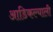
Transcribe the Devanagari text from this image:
आडिकल्याली